Civil Veterinary Department. United Provinces 1932-42 - 1932-1942
Year: 1932
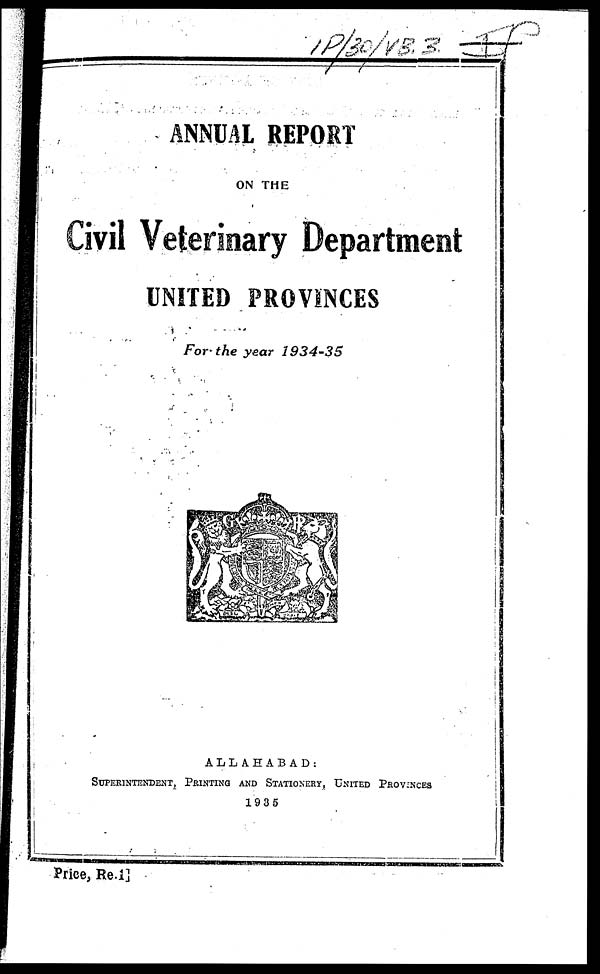
ANNUAL REPORT
ON THE
Civil Veterinary Department
UNITED PROVINCES
For the year 1934-35
A L L A II A B A D :
SUPERINTENDENT, PRINTING AND STATIONARY, UNITED PROVINCES
1935
Price, Re.i 1]